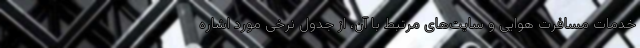
خدمات مسافرت هوایی و سایت‌های مرتبط با آن، از جدول نرخی مورد اشاره